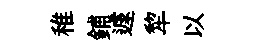
稚鋪遽犂以